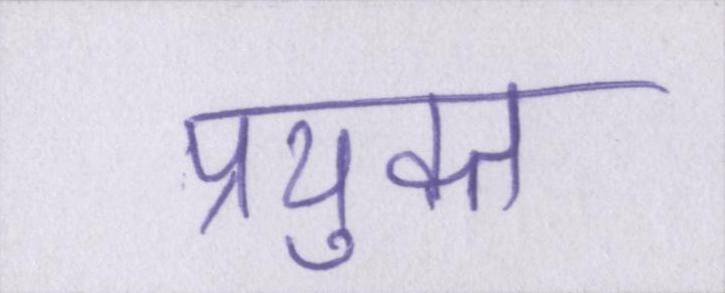
प्रयुक्त